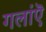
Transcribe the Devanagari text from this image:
गलांऎ